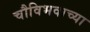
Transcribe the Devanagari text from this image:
चौविभवाच्या